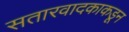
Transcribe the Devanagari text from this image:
सतारवादकाकडून